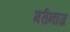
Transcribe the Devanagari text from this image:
मरीनाज